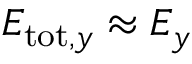
E _ { \mathrm { t o t } , y } \approx E _ { y }